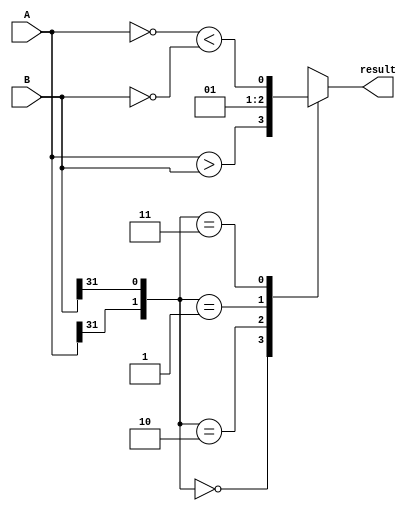
module signed_bigger_than(A,B,result);

parameter width = 32;
input [width-1:0] A,B;
output result;

reg result; //note that result is synthesized as a wire
wire sign_A = A[width-1];
wire sign_B = B[width-1];


always @(A or B or sign_A or sign_B)
begin
	  case ({sign_A,sign_B})
	  		 2'b00: result <= (A>B);
			 2'b10: result <= 0;
			 2'b01: result <= 1;
			 2'b11: result <= ((~A)<(~B));
	  endcase
end

endmodule